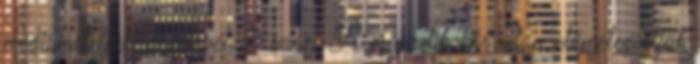
megismételjük, összesen 3 szor. A második kör után előmelegígtjük